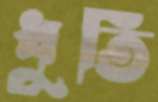
ধুতি